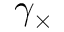
\gamma _ { \times }